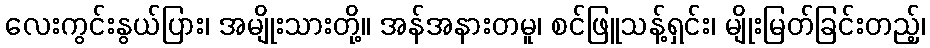
လေးကွင်းနွယ်ပြား၊ အမျိုးသားတို့။ အန်အနားတမူ၊ စင်ဖြူသန့်ရှင်း၊ မျိုးမြတ်ခြင်းတည့်၊